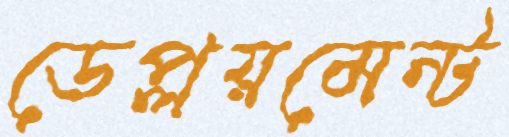
ডেপ্লয়মেন্ট